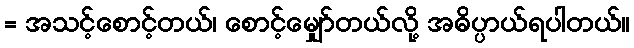
= အသင့်စောင့်တယ်၊ စောင့်မျှော်တယ်လို့ အဓိပ္ပာယ်ရပါတယ်။